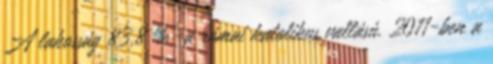
A lakosság 83,8 %-a római katolikus vallású. 2011-ben a